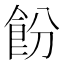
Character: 𬲍